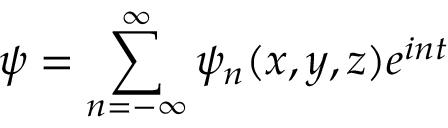
\psi = \displaystyle \sum _ { n = - \infty } ^ { \infty } \psi _ { n } ( x , y , z ) e ^ { i n t }